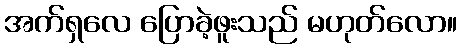
အက်ရှလေ ပြောခဲ့ဖူးသည် မဟုတ်လော။